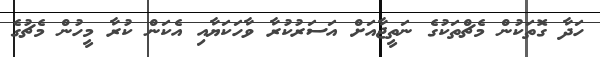
ހަދާ ގޮތަކުން މެޗްތަކުގެ ނަތީޖާއަށް އަސަރުކުރާ ވާހަކަޔާއި އެކަން ކުރާ މީހުން މެޗުގެ